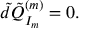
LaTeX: \tilde { d } \tilde { Q } _ { I _ { m } } ^ { ( m ) } = 0 .